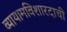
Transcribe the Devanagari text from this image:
व्यायामविशारदाची